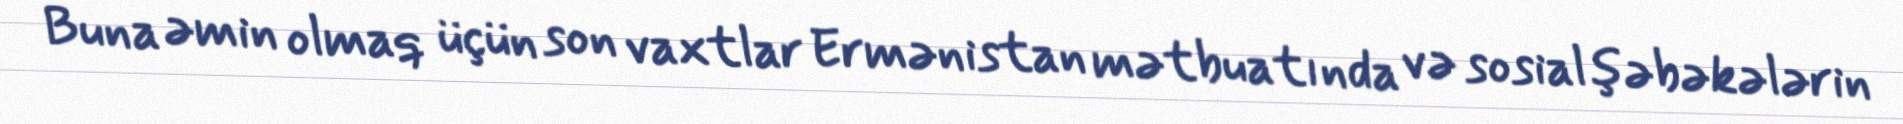
Buna əmin olmaq üçün son vaxtlar Ermənistan mətbuatında və sosial şəbəkələrin